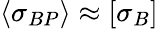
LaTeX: \langle{\sigma_{BP}}\rangle\approx[\sigma_{B}]